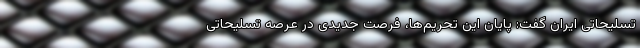
تسلیحاتی ایران‌ گفت: پایان این تحریم‌ها، فرصت جدیدی در عرصه تسلیحاتی